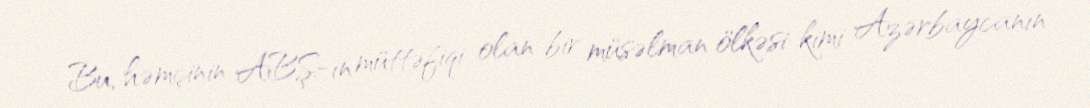
Bu, həmçinin ABŞ-ın müttəfiqi olan bir müsəlman ölkəsi kimi Azərbaycanın